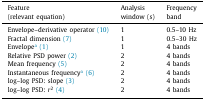
<table><thead><tr><td><b>Feature</b></td><td><b>Analysis</b></td><td><b>Frequency</b></td></tr><tr><td><b>(relevant equation)</b></td><td><b>window (s)</b></td><td><b>band</b></td></tr></thead><tbody><tr><td>Envelope–derivative operator (10)</td><td>1</td><td>0.5–10 Hz</td></tr><tr><td>Fractal dimension (7)</td><td>1</td><td>0.5–30 Hz</td></tr><tr><td>Envelopea(1)</td><td>1</td><td>4 bands</td></tr><tr><td>Relative PSD power (2)</td><td>2</td><td>4 bands</td></tr><tr><td>Mean frequency (5)</td><td>2</td><td>4 bands</td></tr><tr><td>Instantaneous frequencya(6)</td><td>2</td><td>4 bands</td></tr><tr><td>log–log PSD: slope (3)</td><td>2</td><td>4 bands</td></tr><tr><td>log–log PSD: <i>r</i><sup>2</sup>(4)</td><td>2</td><td>4 bands</td></tr></tbody></table>